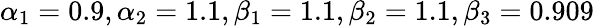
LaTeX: \alpha_{1}=0.9,\alpha_{2}=1.1,\beta_{1}=1.1,\beta_{2}=1.1,\beta_{3}=0.909